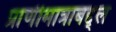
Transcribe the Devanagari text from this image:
प्राणीमात्राबद्द्ल